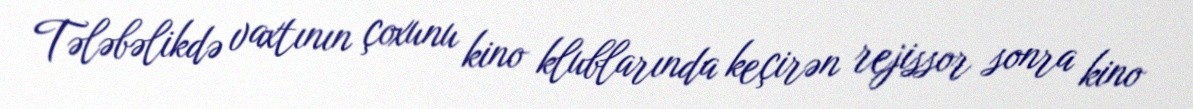
Tələbəlikdə vaxtının çoxunu kino klublarında keçirən rejissor sonra kino